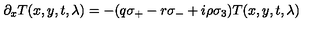
\partial _ { x } T ( x , y , t , \lambda ) = - ( q \sigma _ { + } - r \sigma _ { - } + i \rho \sigma _ { 3 } ) T ( x , y , t , \lambda )